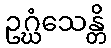
ဥဂ္ဃံသေန္တိ